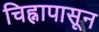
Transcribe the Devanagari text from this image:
चिह्नापासून